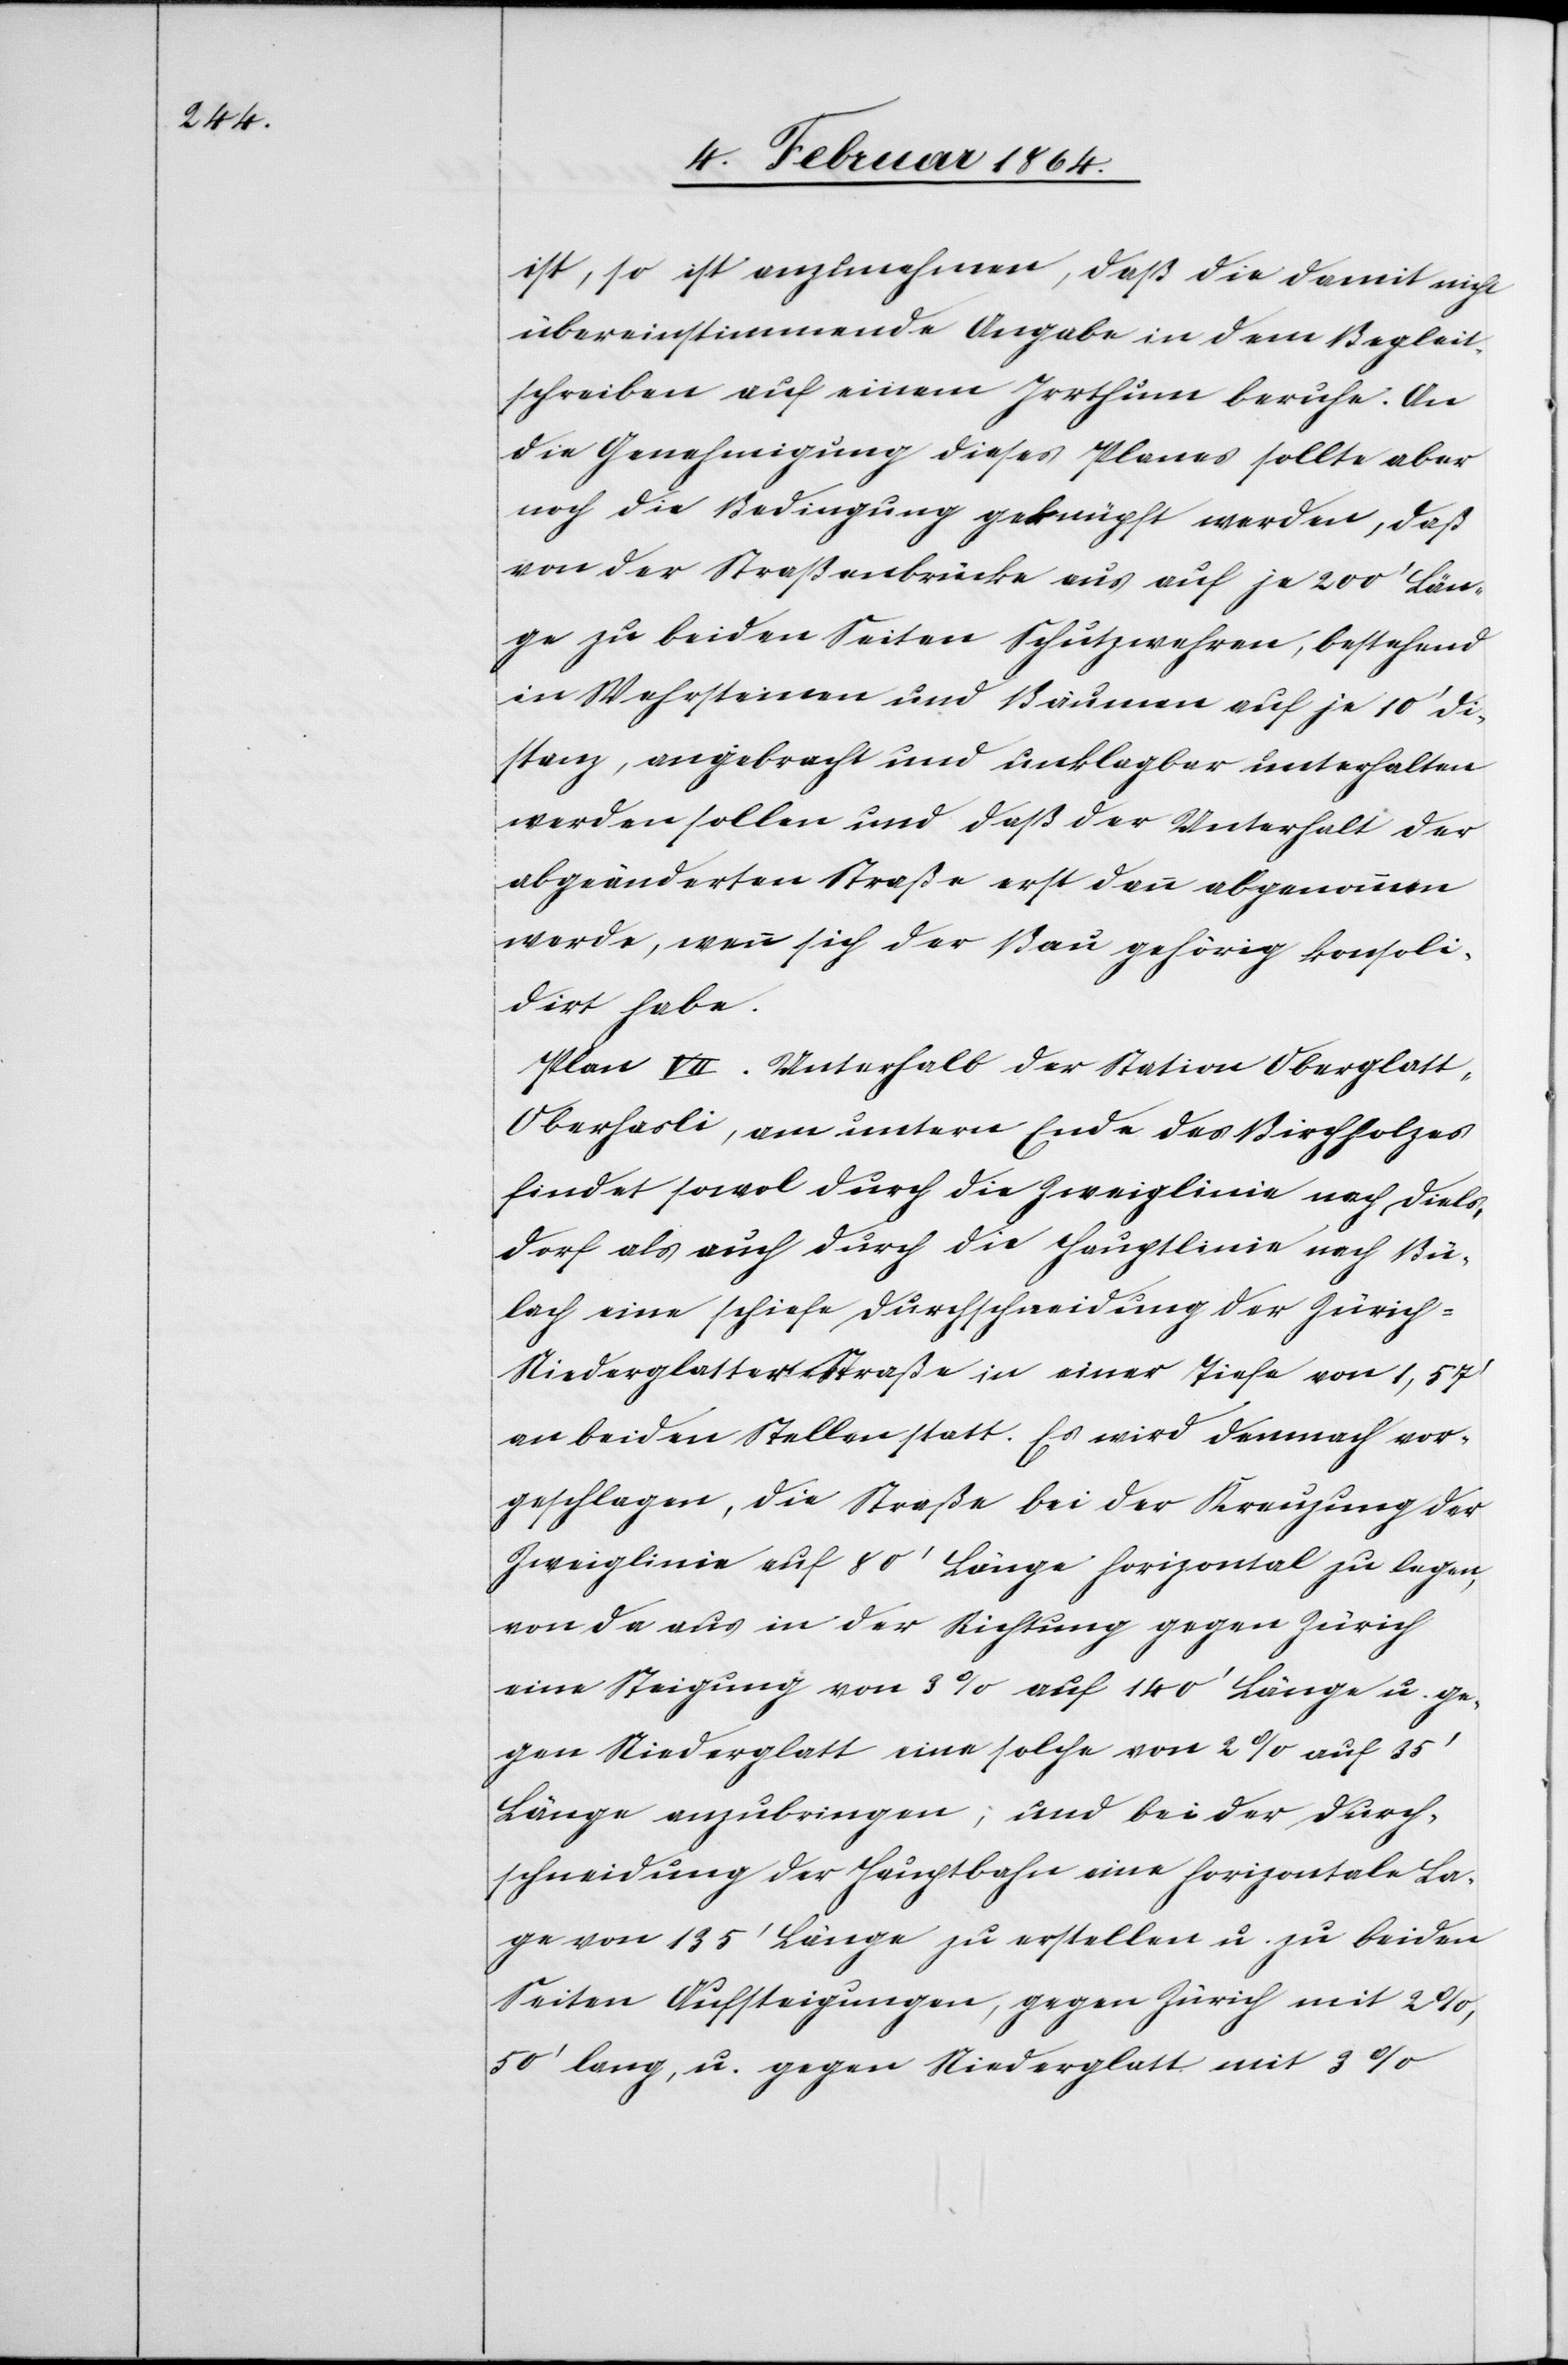
ist, so ist anzunehmen, daß die damit nicht
übereinstimmende Angabe in dem Begleit¬
schreiben auf einem Irrthum beruhe. An
die Genehmigung dieses Planes sollte aber
noch die Bedingung geknüpft werden, daß
von der Straßenbrücke aus auf je 200’ Län¬
ge zu beiden Seiten Schutzwehren, bestehend
in Wehrsteinen und Bäumen auf je 10’ Di¬
stanz, angebracht und unklagbar unterhalten
werden sollen und daß der Unterhalt der
abgeänderten Straße erst dann abgenommen
werde, wenn sich der Bau gehörig konsoli¬
dirt habe.
Plan VII. Unterhalb der Station Oberglat¬
t-Oberhasli, am untern Ende des Birchholzes
findet sowol durch die Zweiglinie nach Diels¬
dorf als auch durch die Hauptlinie nach Bü¬
lach eine schiefe Durchschneidung der Züric¬
h-Niederglatter-Straße in einer Tiefe von 1,57’
an beiden Stellen statt. Es wird demnach vor¬
geschlagen, die Straße bei der Kreuzung der
Zweiglinie auf 80’ Länge horizontal zu legen,
von da aus in der Richtung gegen Zürich
eine Steigung von 3% auf 140’ Länge u. ge¬
gen Niederglatt eine solche von 2% auf 35’
Länge anzubringen; und bei der Durch¬
schneidung der Hauptbahn eine horizontale La¬
ge von 135’ Länge zu erstellen u. zu beiden
Seiten Aufsteigungen, gegen Zürich mit 2%,
50’ lang, u. gegen Niederglatt mit 3%